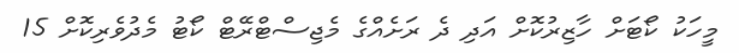
މީހަކު ކޯޓަށް ހާޒިރުކޮށް އަދި ދެ ރަށެއްގެ މެޖިސްޓްރޭޓް ކޯޓު މެދުވެރިކޮށް 15